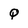
Character: Q